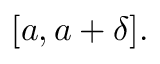
[ a , a + \delta ] .